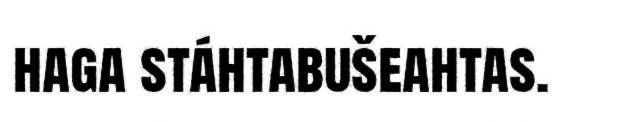
haga stáhtabušeahtas.